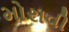
મોરાવી